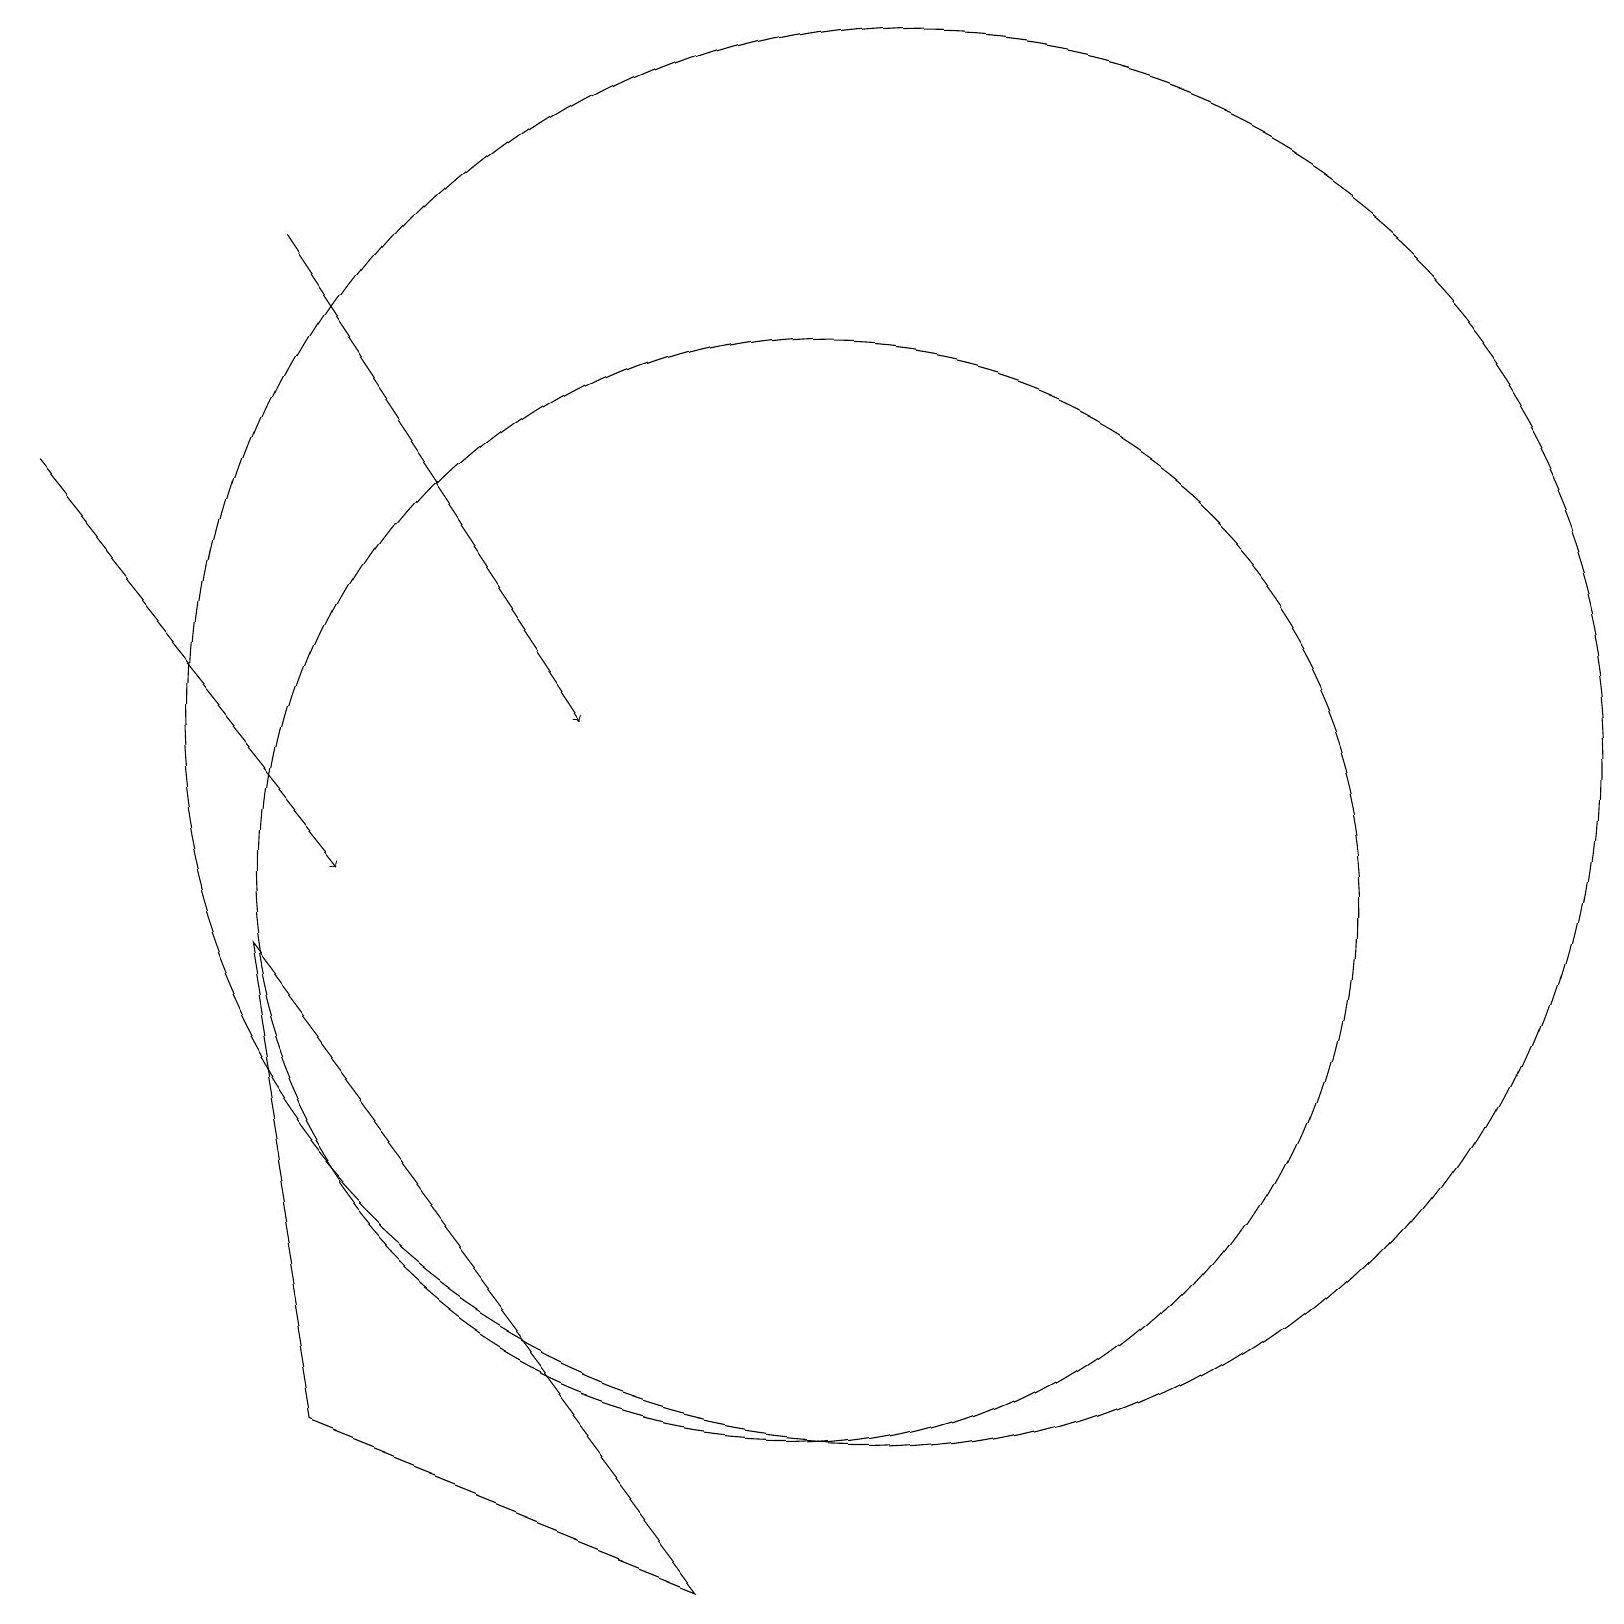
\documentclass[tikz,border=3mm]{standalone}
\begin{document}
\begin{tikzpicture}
\draw[->] (3,18) -- (7,12);
\draw[->] (0,15) -- (4,10);
\draw (10,10) circle (7);
\draw (11,12) circle (9);
\draw (11,11) circle (0);
\draw (3,9) -- (9,1) -- (4,3) -- cycle;
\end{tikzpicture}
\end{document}